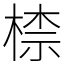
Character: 㮏